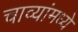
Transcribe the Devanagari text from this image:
चाव्यांमध्ये